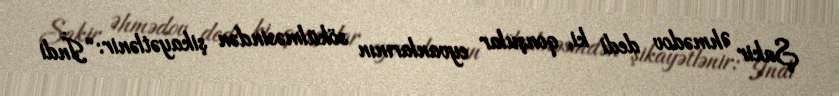
Şakir Əhmədov dedi ki, qonşular eyvanlarının sökülməsindən şikayətlənir: “İndi